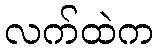
လက်ထဲက